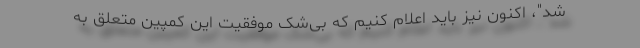
شد"، ‌اکنون نیز باید اعلام کنیم که بی‌شک موفقیت این کمپین متعلق به